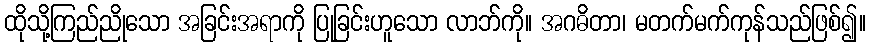
ထိုသို့ကြည်ညိုသော အခြင်းအရာကို ပြုခြင်းဟူသော လာဘ်ကို။ အဂဓိတာ၊ မတက်မက်ကုန်သည်ဖြစ်၍။